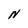
Character: N